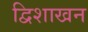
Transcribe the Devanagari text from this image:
द्विशाखन